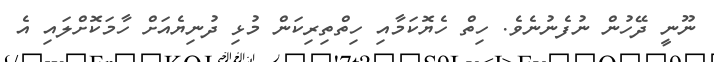
ނޫނީ ދޭހުން ނުފެނުނެވެ. ހިތް ހެޔޮކަމާއި ހިތްތިރިކަން މުޅި ދުނިޔެއަށް ހާމަކޮށްލައި އެ